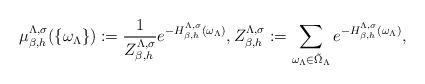
LaTeX: \begin{align*}\mu_{\beta,h}^{\Lambda,\sigma}(\{\omega_{\Lambda}\}) := \frac{1}{Z_{\beta,h}^{\Lambda,\sigma}} e^{-H_{\beta,h}^{\Lambda,\sigma}(\omega_{\Lambda} )}, Z_{\beta,h}^{\Lambda,\sigma} := \sum_{\omega_{\Lambda} \in \tilde{\Omega}_{\Lambda}} e^{-H_{\beta,h}^{\Lambda,\sigma}(\omega_{\Lambda})},\end{align*}